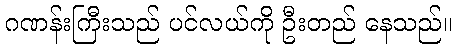
ဂဏန်းကြီးသည် ပင်လယ်ကို ဦးတည် နေသည်။